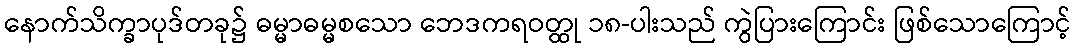
နောက်သိက္ခာပုဒ်တခု၌ ဓမ္မာဓမ္မစသော ဘေဒကရဝတ္ထု ၁၈-ပါးသည် ကွဲပြားကြောင်း ဖြစ်သောကြောင့်